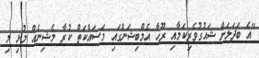
"އެ ބަދަލަށް ޝައުުގުވެރިކަމާއި ރޫހާ އެމްބިޝަންގައި މަސައްކަތް ކުރާ މެޝިނެއް މުޅި މި